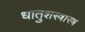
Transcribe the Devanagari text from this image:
धातुशस्त्रास्त्र